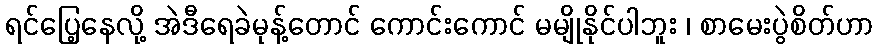
ရင်ပြေ့နေလို့ အဲဒီရေခဲမုန့်တောင် ကောင်းကောင် မမျိုနိုင်ပါဘူး ၊ စာမေးပွဲစိတ်ဟာ